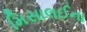
મિસાલઈના